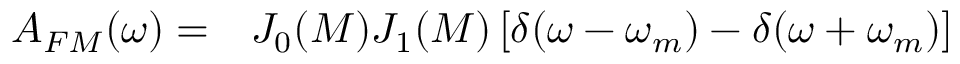
\begin{array} { r l } { A _ { F M } ( \omega ) = } & { { } J _ { 0 } ( M ) J _ { 1 } ( M ) \left[ \delta ( \omega - \omega _ { m } ) - \delta ( \omega + \omega _ { m } ) \right] } \end{array}